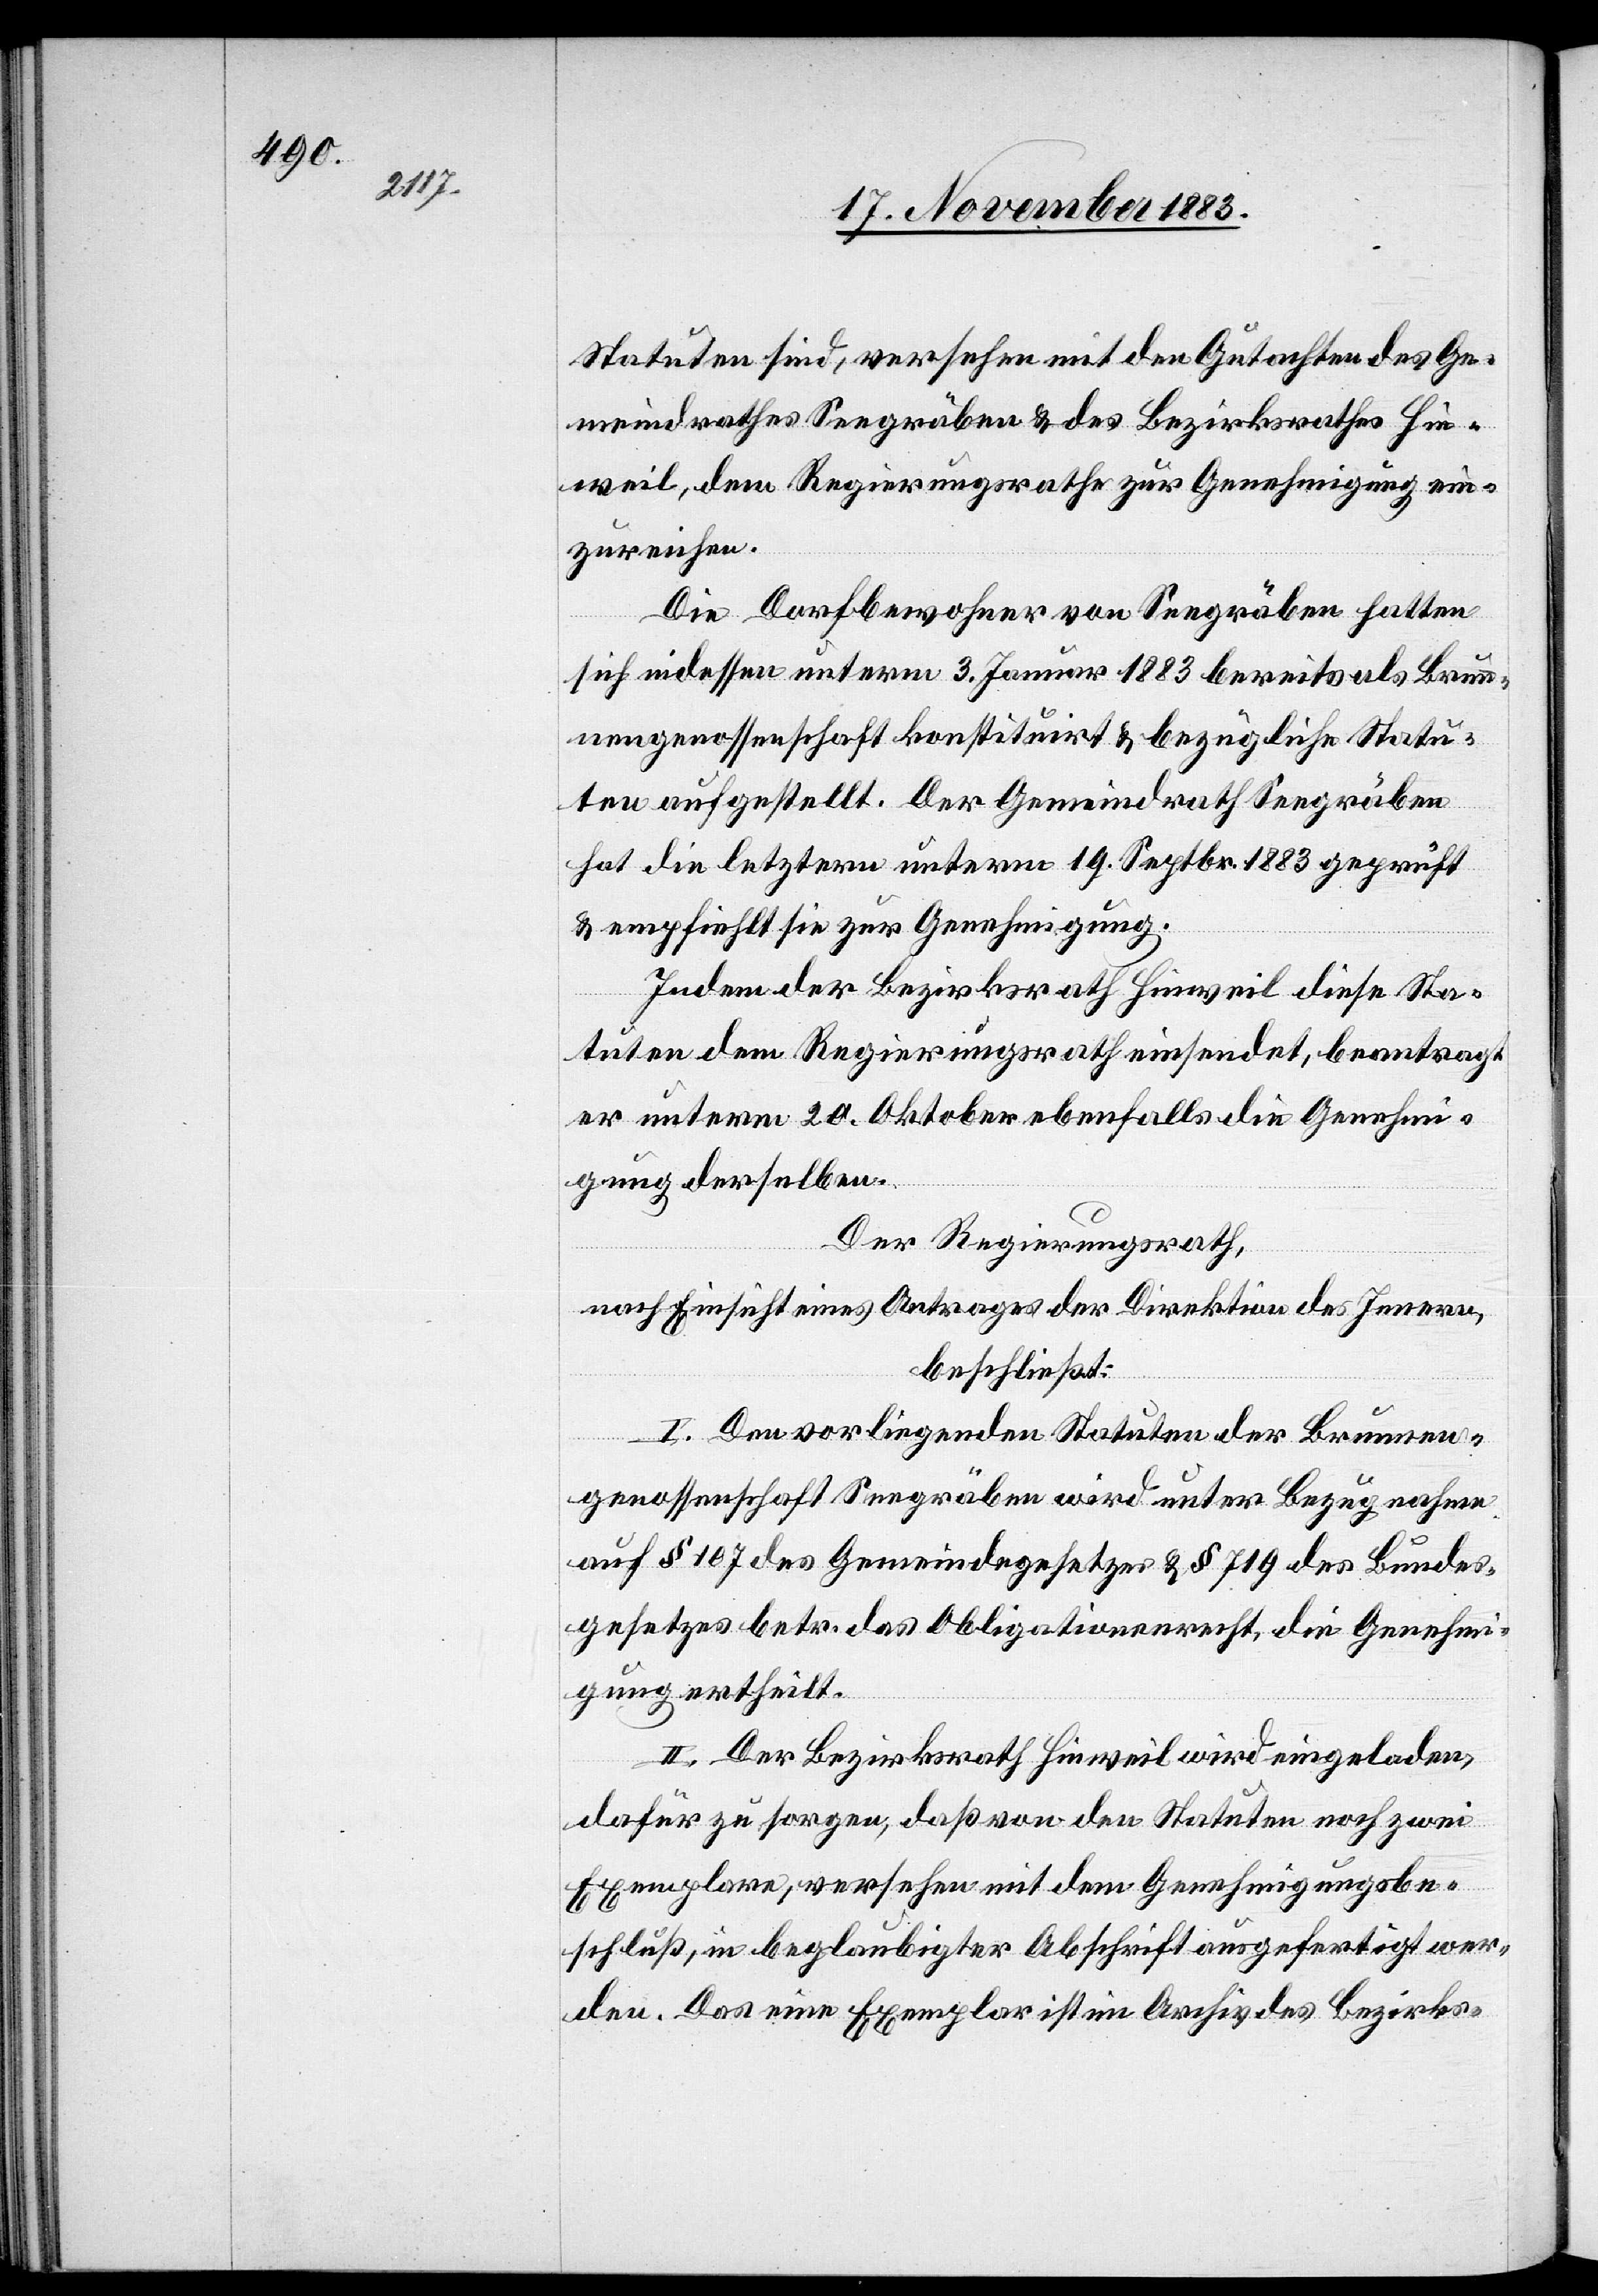
Statuten sind, versehen mit den Gutachten des Ge¬
meindrathes Seegräben & des Bezirksrathes Hin¬
weil, dem Regierungsrathe zur Genehmigung ein¬
zureichen.
Die Dorfbewohner von Seegräben hatten
sich indessen unterm 3. Januar 1883 bereits als Brun¬
nengenossenschaft konstituirt & bezügliche Statu¬
ten aufgestellt. Der Gemeindrath Seegräben
hat die letztern unterm 19. Septbr. 1883 geprüft
& empfiehlt sie zur Genehmigung.
Indem der Bezirksrath Hinweil diese Sta¬
tuten dem Regierungsrath einsendet, beantragt
er unterm 20. Oktober ebenfalls die Genehmi¬
gung derselben.
Der Regierungsrath,
nach Einsicht eines Antrages der Direktion des Innern,
beschließt:
I. Den vorliegenden Stauten der Brunnen¬
genossenschaft Seegräben wird unter Bezugnahme
auf § 107 des Gemeindegesetzes & § 719 des Bundes¬
gesetzes betr. das Obligationenrecht, die Genehmi¬
gung ertheilt.
II. Der Bezirksrath Hinweil wird eingeladen,
dafür zu sorgen, daß von den Statuten noch zwei
Exemplare, versehen mit dem Genehmigungsbe¬
schluß, in beglaubigter Abschrift ausgefertigt wer¬
den. Das eine Exemplar ist im Archiv des Bezirks-